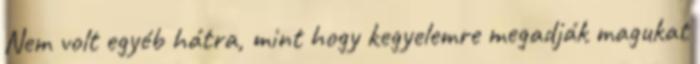
Nem volt egyéb hátra, mint hogy kegyelemre megadják magukat